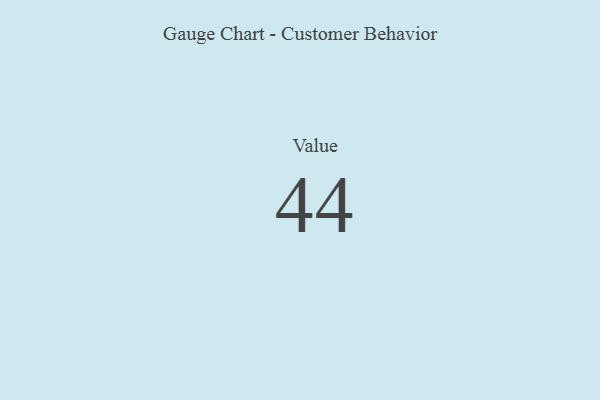
{"axis": {"x": "Metric", "y": "Value"}, "legend": [""], "data": [{"x": "Value", "y": 44, "type": ""}]}